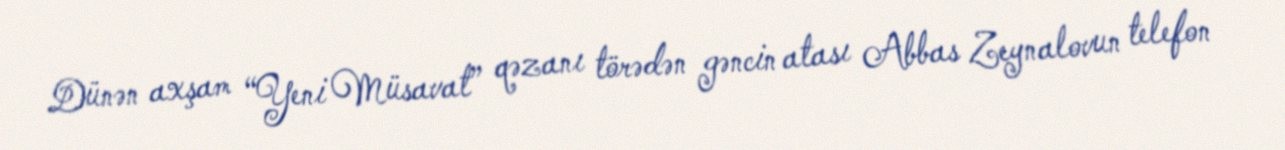
Dünən axşam “Yeni Müsavat” qəzanı törədən gəncin atası Abbas Zeynalovun telefon